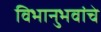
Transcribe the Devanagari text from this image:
विभानुभवांचे